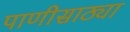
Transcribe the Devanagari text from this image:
पाणीसाठ्या